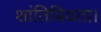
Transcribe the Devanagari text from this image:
शांतिप्रियता।